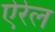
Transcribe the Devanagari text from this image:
ऐरेल